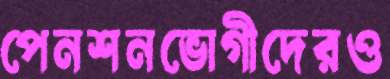
পেনশনভোগীদেরও